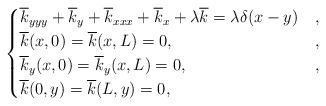
LaTeX: \begin{align*}\begin{cases}\overline{k}_{yyy}+\overline{k}_y+\overline{k}_{xxx}+\overline{k}_x+\lambda \overline{k}= \lambda \delta (x-y) & , \\\overline{k}(x,0)=\overline{k}(x,L)=0, & , \\\overline{k}_y(x,0)=\overline{k}_y(x,L)=0, & , \\\overline{k}(0,y)=\overline{k}(L,y)=0, & \end{cases}\end{align*}